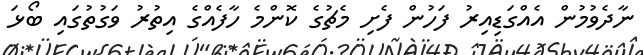
ނާދެވުމުން އެއްގަޑިއިރު ފަހުން ފެށި މެޗުގެ ކޮންމެ ހާފެއްގެ އިތުރު ވަގުތުގައި ބޯޅަ